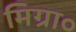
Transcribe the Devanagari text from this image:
मिग्रा०